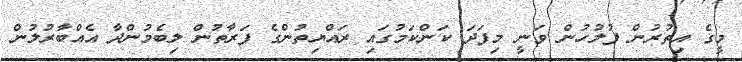
މީގެ އިތުރުން ފުލުހުން ވަނީ މިފަދަ ކަންކަމުގައި ރައްޔިތުންގެ ފަރާތުން ލިބެމުންދާ އެއްބާރުލުން